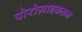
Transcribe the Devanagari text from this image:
पोरोज़ाइकलन